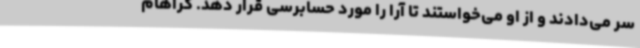
سر می‌دادند و از او می‌خواستند تا آرا را مورد حسابرسی قرار دهد. گراهام